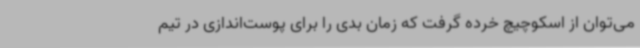
می‌توان از اسکوچیچ خرده گرفت که زمان بدی را برای پوست‌اندازی در تیم